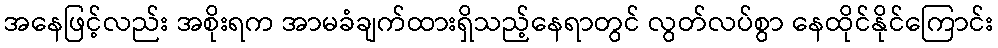
အနေဖြင့်လည်း အစိုးရက အာမခံချက်ထားရှိသည့်နေရာတွင် လွတ်လပ်စွာ နေထိုင်နိုင်ကြောင်း